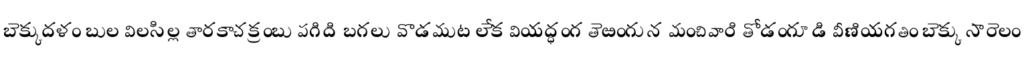
బెక్కుదళం బుల విలసిల్ల తారకాచక్రంబు పగిది బగలు వొడముట లేక వియద్ధంగ తెఱంగున మంచివారి తోడంగూడి వీణియగతిం బెక్కు సారెలం